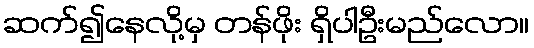
ဆက်၍နေလို့မှ တန်ဖိုး ရှိပါဦးမည်လော။